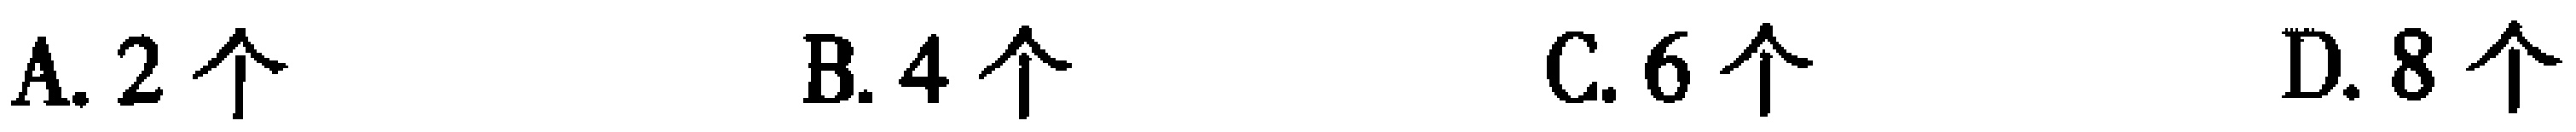
A. 2个  B. 4个  C. 6个  D. 8个